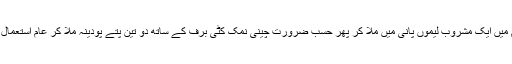
اس موسم میں ایک مشروب لیموں پانی میں ملا کر پھر حسب ضرورت چینی نمک کٹی برف کے ساتھ دو تین پتے پودینہ ملا کر عام استعمال ہوتا ہے۔